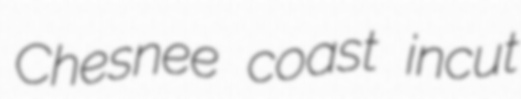
Chesnee coast incut